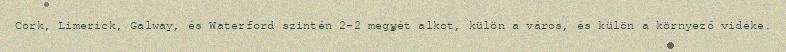
Cork, Limerick, Galway, és Waterford szintén 2-2 megyét alkot, külön a város, és külön a környező vidéke.